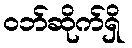
ဝဘ်ဆိုက်ရှိ